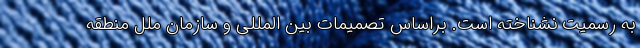
به رسمیت نشناخته است. براساس تصمیمات بین المللی و سازمان ملل منطقه